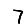
Digit: 7